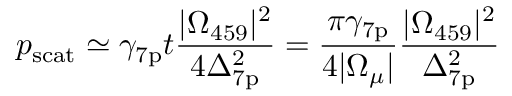
p _ { \mathrm { s c a t } } \simeq \gamma _ { \mathrm { 7 p } } t \frac { | \Omega _ { 4 5 9 } | ^ { 2 } } { 4 \Delta _ { \mathrm { 7 p } } ^ { 2 } } = \frac { \pi \gamma _ { \mathrm { 7 p } } } { 4 | \Omega _ { \mu } | } \frac { | \Omega _ { 4 5 9 } | ^ { 2 } } { \Delta _ { \mathrm { 7 p } } ^ { 2 } }